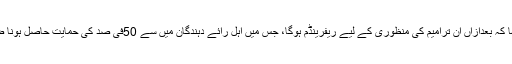
اُنھوں نے کہا کہ بعدازاں اِن ترامیم کی منظوری کے لیے ریفرینڈم ہوگا، جس میں اہل رائے دہندگان میں سے 50فی صد کی حمایت حاصل ہونا ضروری ہے۔